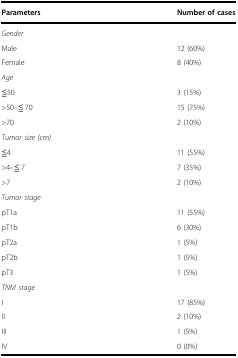
<table><thead><tr><td><b>Parameters</b></td><td><b>Number of cases</b></td></tr></thead><tbody><tr><td colspan="2"><i>Gender</i></td></tr><tr><td>Male</td><td>12 (60%)</td></tr><tr><td>Female</td><td>8 (40%)</td></tr><tr><td colspan="2"><i>Age</i></td></tr><tr><td>≦50</td><td>3 (15%)</td></tr><tr><td>&gt;50–≦ 70</td><td>15 (75%)</td></tr><tr><td>&gt;70</td><td>2 (10%)</td></tr><tr><td colspan="2"><i>Tumor size (cm)</i></td></tr><tr><td>≦4</td><td>11 (55%)</td></tr><tr><td>&gt;4–≦ 7</td><td>7 (35%)</td></tr><tr><td>&gt;7</td><td>2 (10%)</td></tr><tr><td colspan="2"><i>Tumor stage</i></td></tr><tr><td>pT1a</td><td>11 (55%)</td></tr><tr><td>pT1b</td><td>6 (30%)</td></tr><tr><td>pT2a</td><td>1 (5%)</td></tr><tr><td>pT2b</td><td>1 (5%)</td></tr><tr><td>pT3</td><td>1 (5%)</td></tr><tr><td colspan="2"><i>TNM stage</i></td></tr><tr><td>I</td><td>17 (85%)</td></tr><tr><td>II</td><td>2 (10%)</td></tr><tr><td>III</td><td>1 (5%)</td></tr><tr><td>IV</td><td>0 (0%)</td></tr></tbody></table>